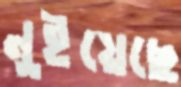
নুইয়েছে